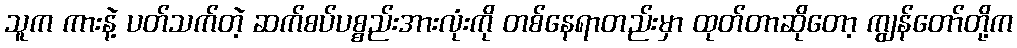
သူက ကားနဲ့ ပတ်သက်တဲ့ ဆက်စပ်ပစ္စည်းအားလုံးကို တစ်နေရာတည်းမှာ ထုတ်တာဆိုတော့ ကျွန်တော်တို့က